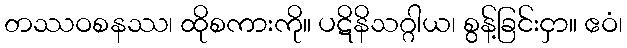
တဿဝစနဿ၊ ထိုစကားကို။ ပဋိနိသဂ္ဂါယ၊ စွန့်ခြင်းငှာ။ ဧဝံ၊